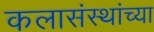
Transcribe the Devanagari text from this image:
कलासंस्थांच्या